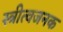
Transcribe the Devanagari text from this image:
स्त्रीत्वजनक